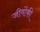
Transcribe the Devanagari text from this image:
जीवोंकी